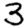
Digit: 3